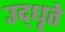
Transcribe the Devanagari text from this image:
उद्‌धृते